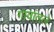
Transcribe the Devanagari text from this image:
गावांतले